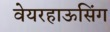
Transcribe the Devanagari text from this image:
वेयरहाऊसिंग